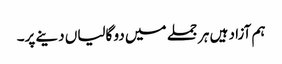
ہم آزاد ہیں ہر جملے میں دو گالیاں دینے پر۔